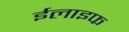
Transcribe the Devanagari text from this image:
ईलाइफ